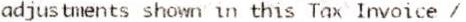
ADJUSTMENTS SHOWN IN THIS TAX INVOICE /